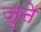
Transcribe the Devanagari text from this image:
जुऩे